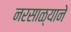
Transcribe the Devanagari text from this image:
नरसाळ्याने